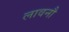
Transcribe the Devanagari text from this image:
लावनौ